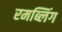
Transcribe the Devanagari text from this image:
रमब्लिंग